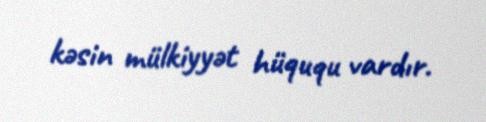
kəsin mülkiyyət hüququ vardır.